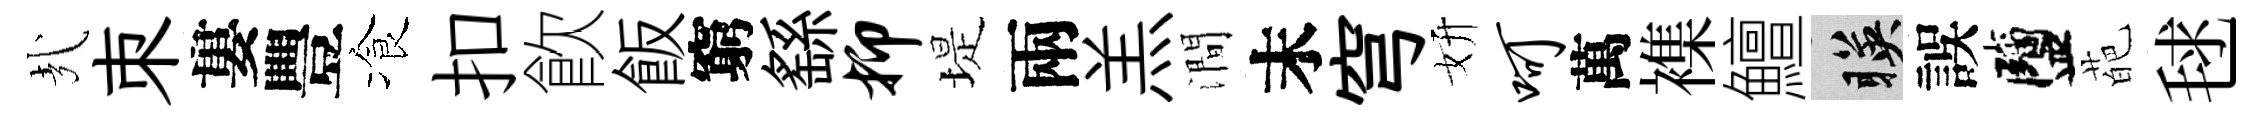
㢤朿婁豐飡扣飮飯窮繇抑堤兩羔澗末穹妍呵萬襍鱣暎誤鹽葩毬